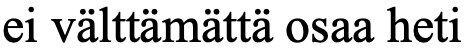
ei välttämättä osaa heti